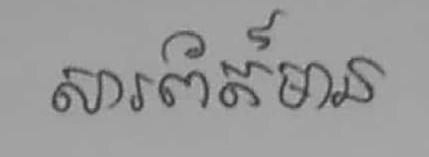
សារព័ត៍មាន